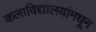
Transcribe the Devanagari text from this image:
कलाविद्यालयांमधून